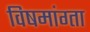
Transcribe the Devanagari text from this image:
विषमांग्ता